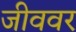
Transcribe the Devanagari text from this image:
जीववर